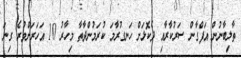
ތާލިބާނުން އަފްގާން ސަރުކާރާއި ދެކޮޅަށް ހަނގުރާމަ ކުރަމުންދާތާ މިހާރު 10 އަހަރަށްވުރެ ގިނަ